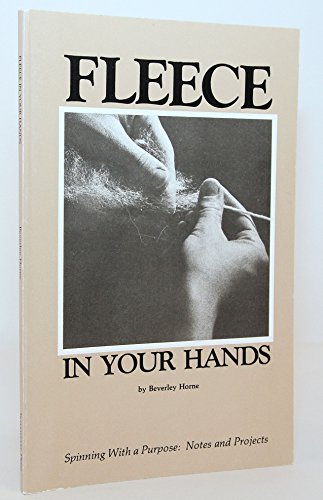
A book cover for Fleece in Your Hands; Beverly Horne; Crafts, Hobbies & Home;